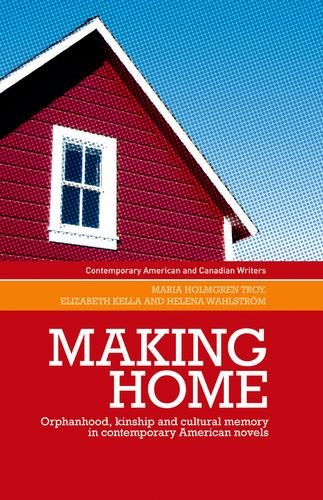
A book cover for Making home: Orphanhood, kinship and cultural memory in contemporary American novels (Contemporary American and Canadian Novelists); Maria Holmgren Troy; Gay & Lesbian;